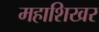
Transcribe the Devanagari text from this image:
महाशिखर